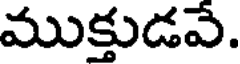
ముక్తుడవే.